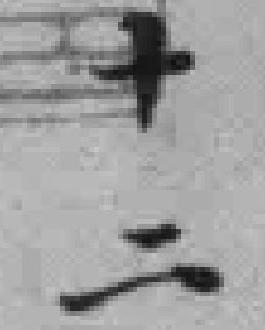
十二